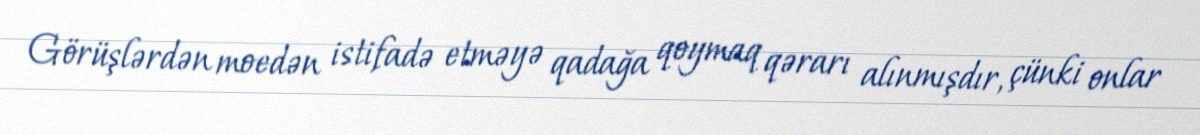
Görüşlərdən moedən istifadə etməyə qadağa qoymaq qərarı alınmışdır, çünki onlar